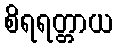
စိရရတ္တာယ